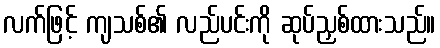
လက်ဖြင့် ကျသစ်၏ လည်ပင်းကို ဆုပ်ညှစ်ထားသည်။